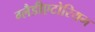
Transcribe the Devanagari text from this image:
ग्लैडीएटोरियम